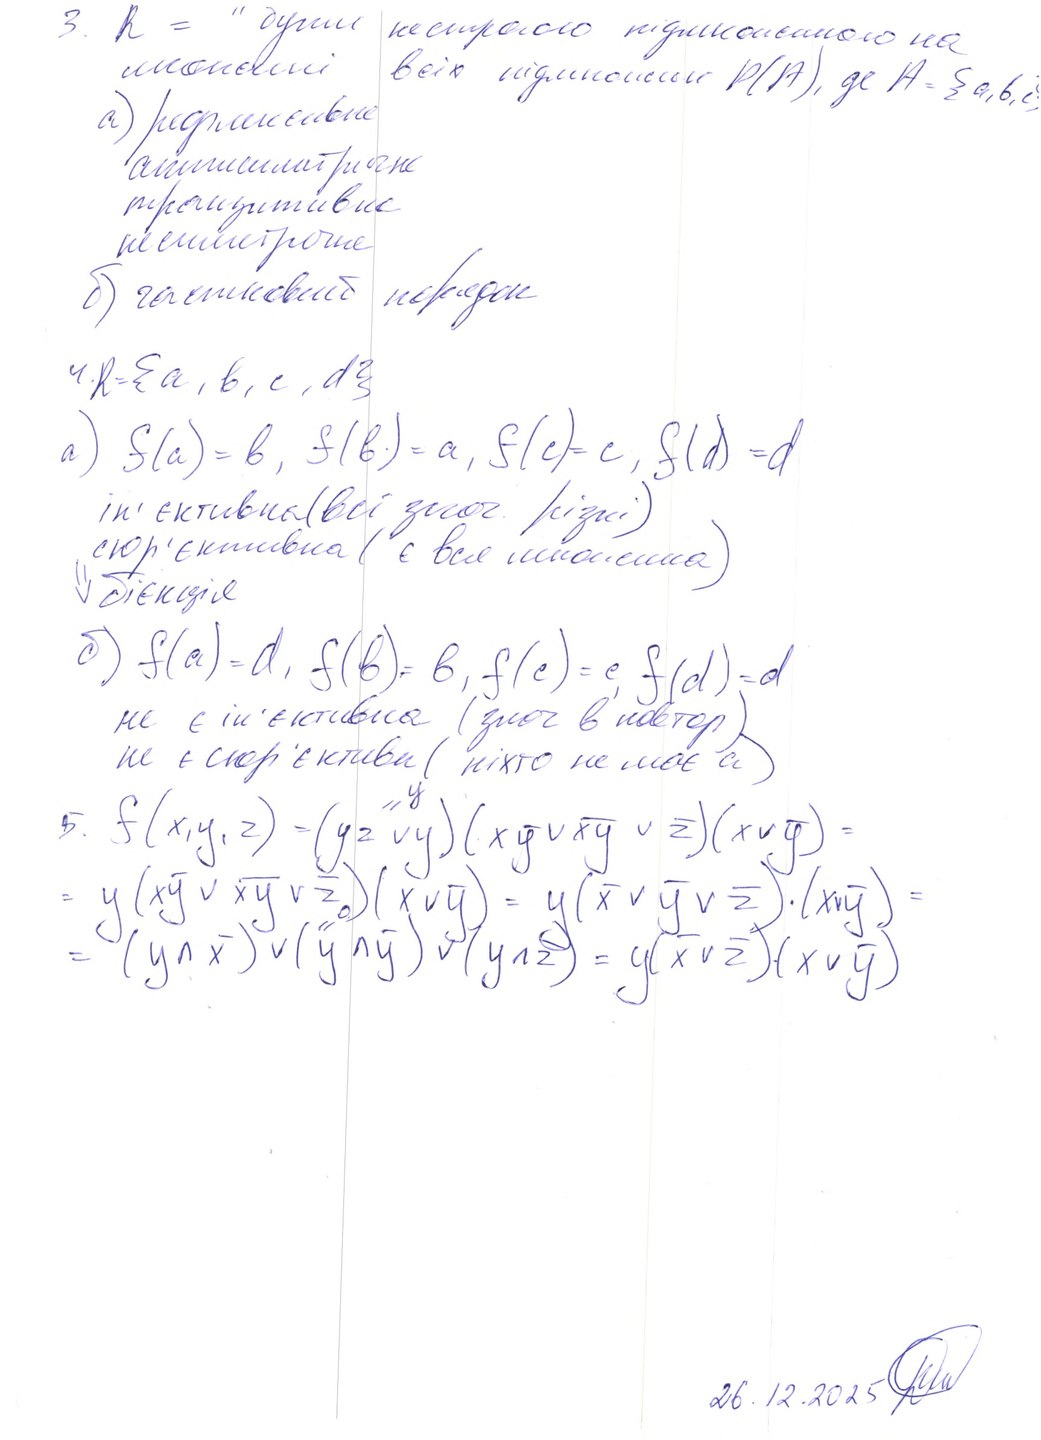
3. R= "бути нестрогою підмножиною на
множині всіх підмножин P(A), де A = {a, b, c}
a) рефлексивне
асиметричне
транзитивне
несиметричне
б) частковий порядок
4. R = {a, b, c, d}
a) f(a) = b, f(b) = a, f(c) = c, f(d) = d
ін'єктивна (всі знач. різні)
сюр'єктивна (є вся множина)
⇓ бієкція
б) f(a) = d, f(b) = b, f(c) = c, f(d) = d
не є ін'єктивна (знач в повтор)
не є сюр'єктиви (ніхто не має а)
= y
5. f(x,y,z) = (yz ∨ y) (xy ∨ xy ∨ z) (x ∨ y) =
= y (xy ∨ xy ∨ za) (x∨y) = y (x ∨ y ∨ z) ‧ (x∨y) =
= (y ∧ x̄) ∨ (ȳ ∧ ȳ) ∨ (y ∧ z̄) = y(x̄  ∨ z̄) ∨ (x ∨ ȳ)
26.12.2025